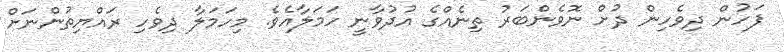
ފަހުން ދިވެހިން ދުށް ނޮވެންބަރު ތިނެއްގެ އުދުވާނީ ހަމަލާއެވެ. މިހަމަލާ ދިވެހި ރައްޔިތުންނަށް